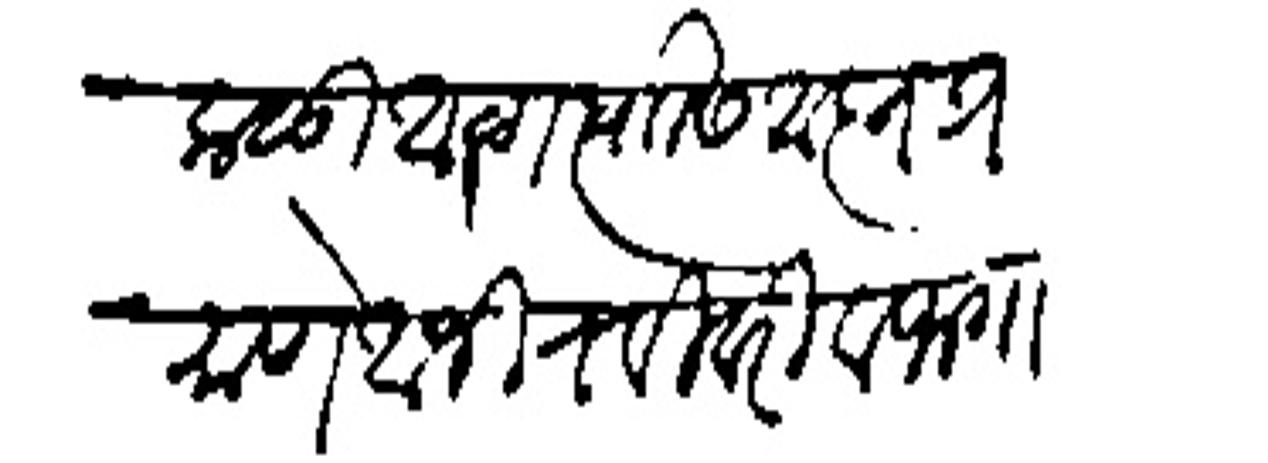
Transliteration (Devanagari): कळो आळा त्यासी आज्ञेप्रमाणे आजी रविवारी वाफगावीहून